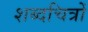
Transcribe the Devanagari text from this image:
शब्दचित्रों